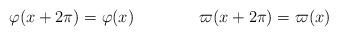
LaTeX: \begin{align*}\varphi(x+2\pi)=\varphi(x)\qquad\qquad \varpi(x+2\pi)=\varpi(x)\end{align*}